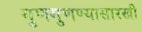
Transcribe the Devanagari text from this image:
गुणगुणण्यासारखी